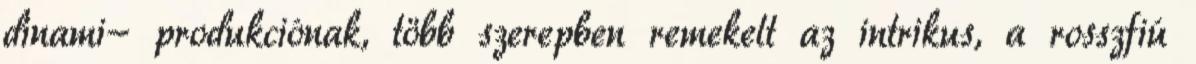
dinami- produkciónak, több szerepben remekelt az intrikus, a rosszfiú